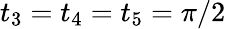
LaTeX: t_{3}=t_{4}=t_{5}=\pi/2